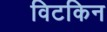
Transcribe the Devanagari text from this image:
विटकिन